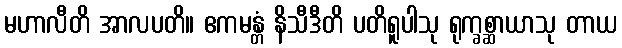
မဟာလီတိ အာလပတိ။ ဧကမန္တံ နိသီဒီတိ ပတိရူပါသု ရုက္ခစ္ဆာယာသု တာယ